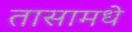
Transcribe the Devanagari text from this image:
तासामधे